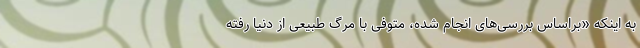
به اینکه «براساس بررسی‌های انجام شده، متوفی با مرگ طبیعی از دنیا رفته